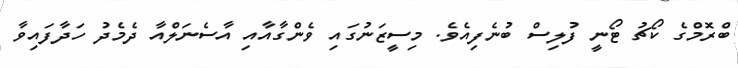
ބްރޮމްގެ ކޯޗު ޓޯނީ ފުލިސް ބުނެފިއެވެ. މިސީޒަނުގައި ވެންގާއާއި އާސެނަލްއާ ދެމެދު ހަދާފައިވާ